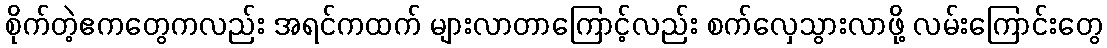
စိုက်တဲ့ဧကတွေကလည်း အရင်ကထက် များလာတာကြောင့်လည်း စက်လှေသွားလာဖို့ လမ်းကြောင်းတွေ